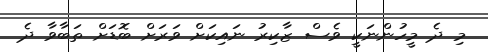
މި ދެ މީހުންނަކީ ވެސް ޒާކިރު ނައިކަށް ވަރަށް ބޮޑަށް ތަބާވާ ދެ